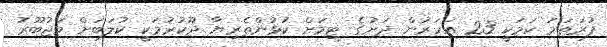
ފުރަތަމަ ކަމަކީ 23 އަހަރުން ދަށުގެ ޓީމަށް ކުޅުންތެރިޔާ ދޫކުރުމަކީ ކުލަބަށް މަޖުބޫރު